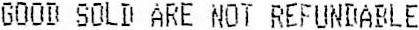
GOOD SOLD ARE NOT REFUNDABLE